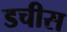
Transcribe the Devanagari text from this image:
डचीस